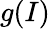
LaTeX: g(I)